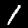
Digit: 1